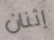
إثنان